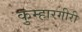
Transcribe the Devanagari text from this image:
कुम्हारगीरी